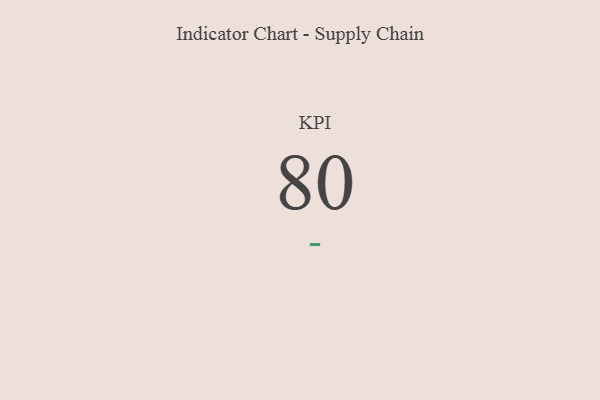
{"axis": {"x": "KPI", "y": "Value"}, "legend": [""], "data": [{"x": "KPI", "y": 80, "type": ""}]}